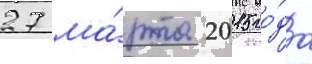
27 ма́рта 2015 го́да